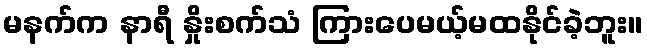
မနက်က နာရီ နှိုးစက်သံ ကြားပေမယ့်မထနိုင်ခဲ့ဘူး။